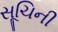
સૂચિની